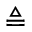
\triangleq